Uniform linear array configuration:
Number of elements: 4
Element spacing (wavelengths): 0.5
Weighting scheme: blackman
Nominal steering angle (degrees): -60
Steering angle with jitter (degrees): -58.191
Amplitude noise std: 0.05
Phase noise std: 0.05

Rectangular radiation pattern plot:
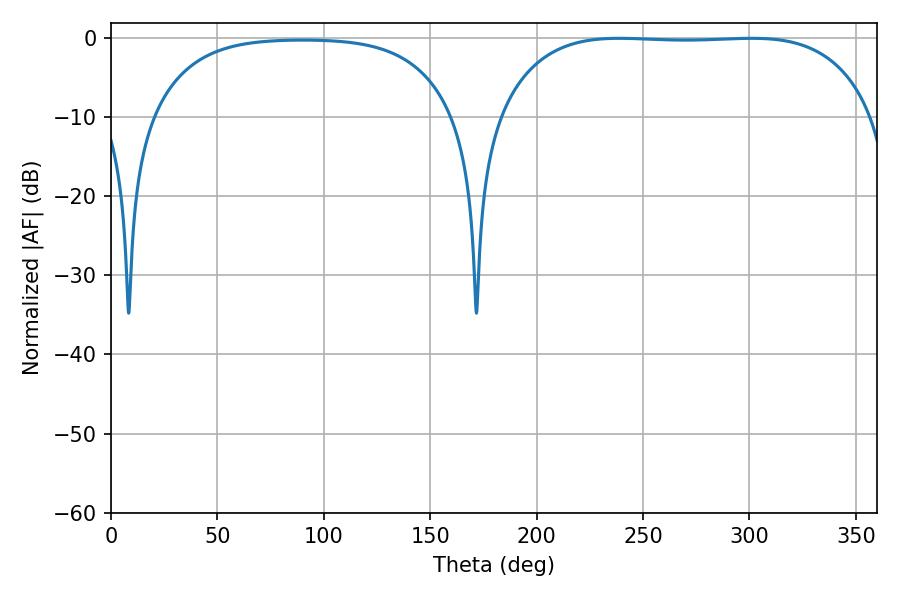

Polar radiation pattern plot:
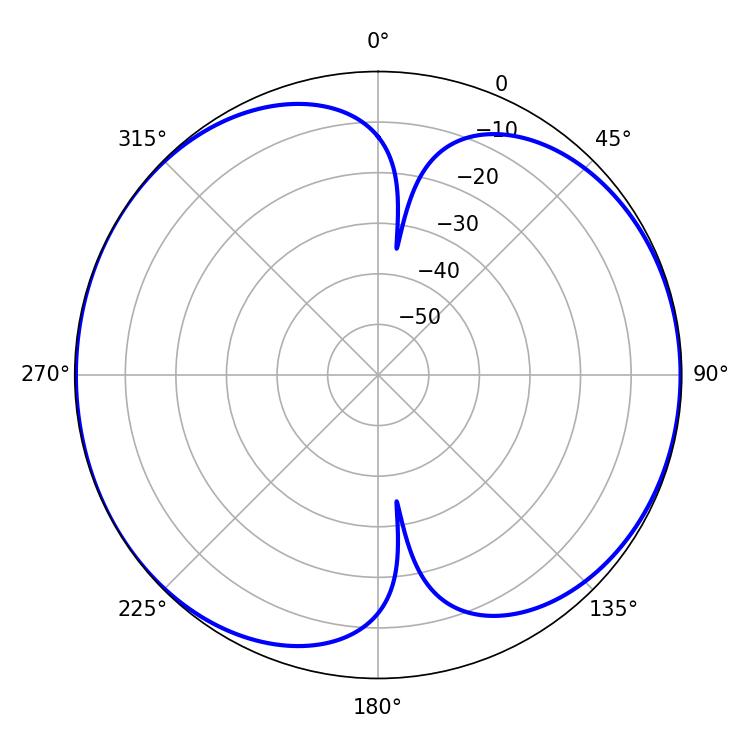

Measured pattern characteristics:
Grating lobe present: FALSE
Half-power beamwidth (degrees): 138.24
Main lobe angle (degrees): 238.86